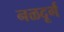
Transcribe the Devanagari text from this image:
नळदूर्ग